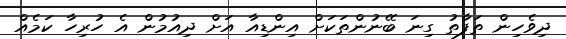
ދިވެހިން ތަފާތު ގިނަ ބޭނުންތަކަށް އިންޑިއާ އަށް ދިއުމުން އެ ހުރިހާ ކަމެއް